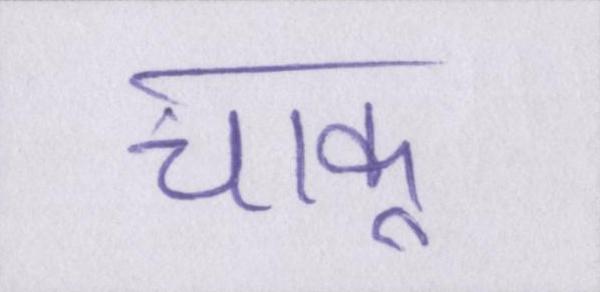
चाकू